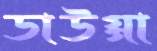
ডাউগ্গা